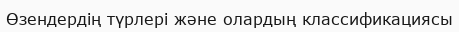
Өзендердің түрлері және олардың классификациясы